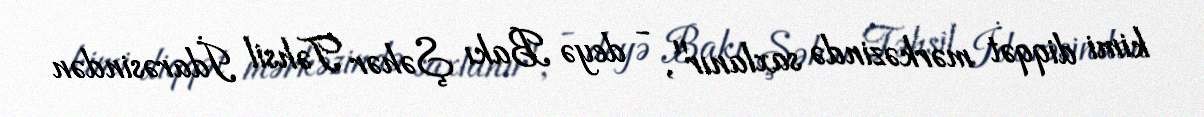
kimi diqqət mərkəzində saxlanır", - deyə Bakı Şəhər Təhsil İdarəsindən